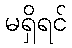
မရှိရင်